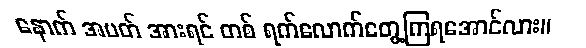
နောက် အပတ် အားရင် တစ် ရက်လောက်တွေ့ကြရအောင်လား။